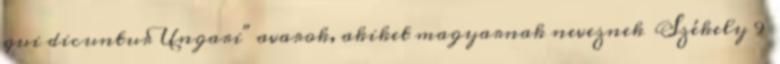
qui dicuntur Ungari" avarok, akiket magyarnak neveznek Székely 9